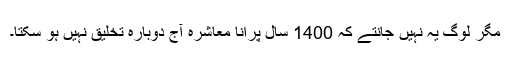
مگر لوگ یہ نہیں جانتے کہ 1400 سال پرانا معاشرہ آج دوبارہ تخلیق نہیں ہو سکتا۔